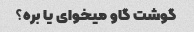
گوشت گاو میخوای یا بره؟